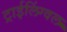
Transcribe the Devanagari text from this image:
ट्राईलिंग्वल